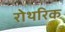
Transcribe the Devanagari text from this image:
रोथरिक